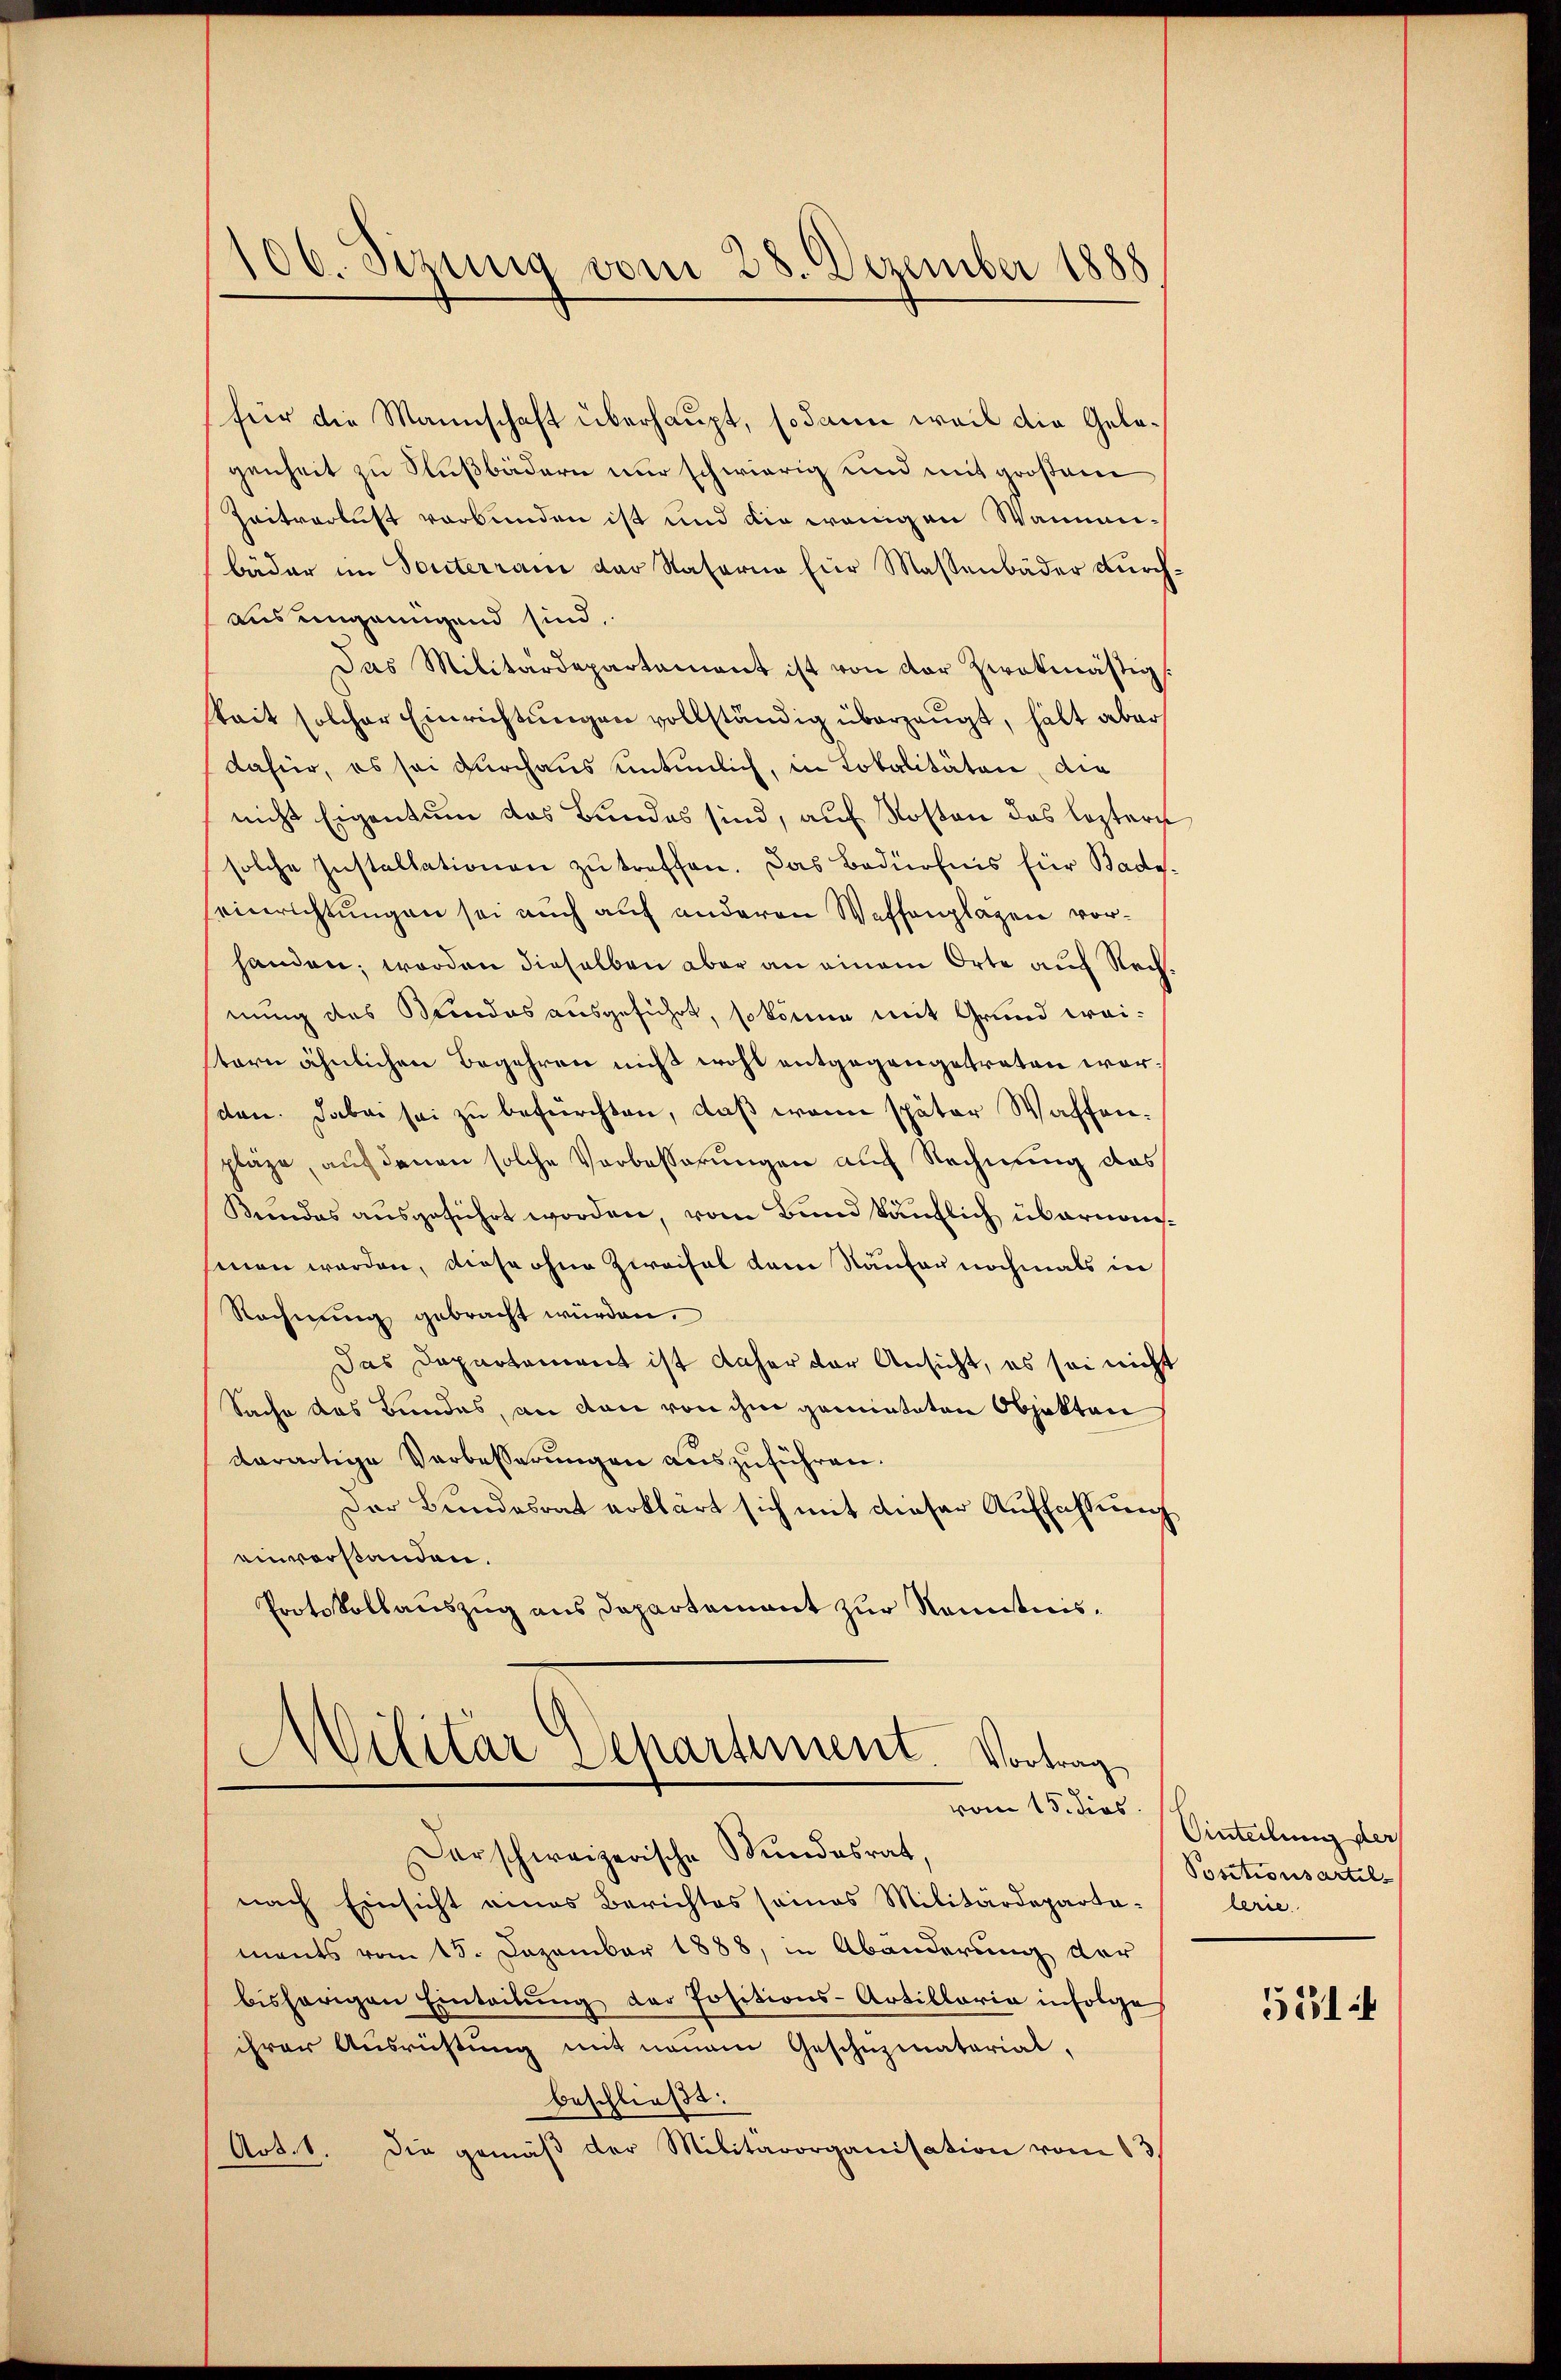
106. Sizung vom 28. Dezember 1888

für die Mannschaft überhaupt, sodann weil die Gelegenheit zu Fußbädern nur schwierig und mit großem
Zaitverlust verbunden ist und die wenigen Wanmmibäder im Souterran der Naterne Eier Massenbäder Durchaus eingenügend sind.
Das Militärdepartement ist von der zwekmäßig
kait solcher Einrichtungen vollständig überzeugt, hält aber
dafür, es sei durchaus untenlich, in Lokalitäten, die
nicht Eigentum das Bundes sind, auf Kosten das leztern
solche Instaltationen zu treffen. Das Bedürfnis für Bade.
einrichtungen sei auch auf anderen Waffenplagen vorhanden; worden dieselben aber an einem Orte auf Rechnung des Bundes ausgeführt, so könne mit Grund weitern ähnlichen Begehren nicht wohl entgegengetreten worden. Dabei sei zu befürchten, daß wenn später Waffenpläze, auf denen solche Verbesserungen auf Rechnung das
Kundes ausgeführt worden, vom Bund käuflich übernomsinen werden, diese ohne Zweifel dem Käufer nochmals in
Rechnung gebracht würden.
Das Departement ist daher der Ansicht, es sei nicht
Sache des Bundes, an den von ihm gemieteten Objekten
derartige Verbesserungen auszuführen.
Der Bundesrat erklärt sich mit dieser Auffassung
einverstanden.
Protokollauszug aus Departement zur Kenntnis¬
Militar Departement. Vortrag
vom 15. dies
Ddarschweizerische Mindesrat,
nach Einsicht eines Berichtes seines Militärdepartaments vom 15. Dezember 1888, in Abänderung der
bisherigen Eintribung der Positions-Artillaria infolge
ihrer Ausrichtung mit neuem Geschnzmatorial,
beschließt:
Art. 1. Die gemäβ der Militärorganisation vom 13.

Ointeilung der
Positionsartel-
lerie

51